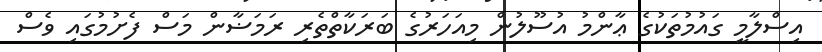
އިސްލާމީ ގައުމުތަކުގެ ޢާންމު އުސޫލުން މިއަހަރުގެ ބަރަކާތްތެރި ރަމަޟާން މަސް ފެށުމުގައި ވެސް